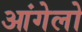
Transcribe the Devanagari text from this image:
आंगेलो